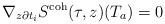
LaTeX: \begin{align*} \nabla_{z\partial t_i} S^\textnormal{coh}(\tau,z)(T_a) = 0 \end{align*}